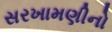
સરખામણીનો